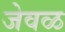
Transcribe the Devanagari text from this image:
जेवळ